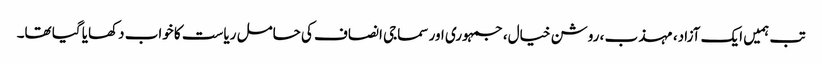
تب ہمیں ایک آزاد، مہذب ، روشن خیال، جمہوری اور سماجی انصاف کی حامل ریاست کا خواب دکھایا گیا تھا۔